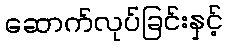
ဆောက်လုပ်ခြင်းနှင့်